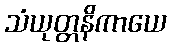
သံယုတ္တနိကာယေ